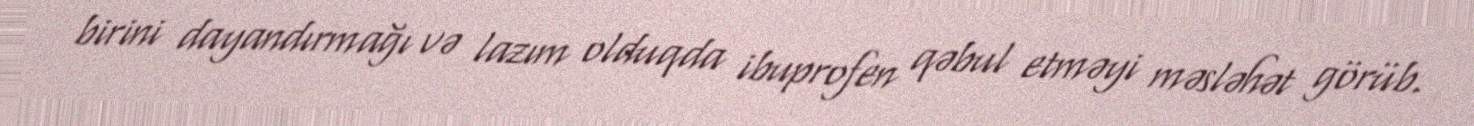
birini dayandırmağı və lazım olduqda ibuprofen qəbul etməyi məsləhət görüb.